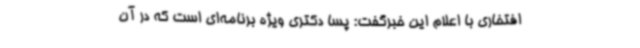
افتخاری با اعلام این خبرگفت: پسا دکتری ویژه برنامه‌ای است که در آن